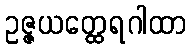
ဥဇ္ဇယတ္ထေရဂါထာ